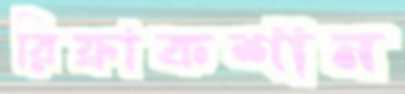
রিফ্রাকশান